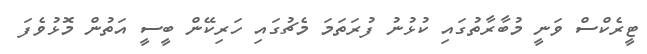
ޓީރެކްސް ވަނީ މުބާރާތުގައި ކުޅުނު ފުރަތަމަ މެޗުގައި ހަރިކޭން ބީސީ އަތުން މޮޅުވެފަ